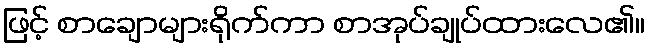
ဖြင့် စာချောများရိုက်ကာ စာအုပ်ချုပ်ထားလေ၏။